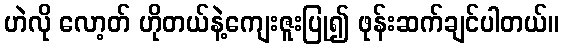
ဟဲလို လော့တ် ဟိုတယ်နဲ့ကျေးဇူးပြု၍ ဖုန်းဆက်ချင်ပါတယ်။